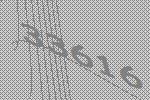
33616